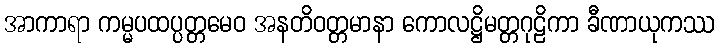
အာကာရာ ကမ္မပထပ္ပတ္တမေဝ အနတိဝတ္တမာနာ ကောလဋ္ဌိမတ္တဂုဠိကာ ခီဏာယုကဿ